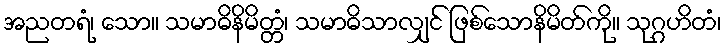
အညတရံ၊ သော။ သမာဓိနိမိတ္တံ၊ သမာဓိသာလျှင် ဖြစ်သောနိမိတ်ကို။ သုဂ္ဂဟိတံ၊